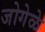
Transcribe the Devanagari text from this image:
जोगेळे